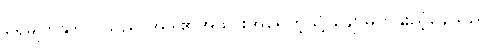
ရေမျက်နှာပြင်သည် အဒါ၏အသားအရေကဲ့သို့ ချောမွတ်နူးညံ့နေသည်။